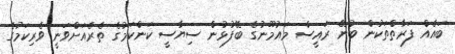
ބައެއް ފަރާތްތަކުން ބުނޭ ރައީސް މައުމޫނުގެ ބޭފުޅުން ސިޔާސީ ކަންކަމުގެ ތެރެއަށްވަނީ ވެރިކަމުގެ